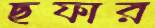
ছফার